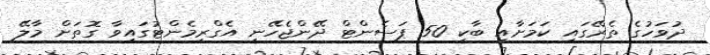
ދުވަހުގެ ތެރޭގައި ކަމަށާއި ބާކީ 50 ޕަސެންޓް ދޭންޖެހޭނީ އެގްރިމެންޓުގައިވާ ގޮތަށް މާލޭ